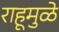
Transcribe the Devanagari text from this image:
राहूमुळे